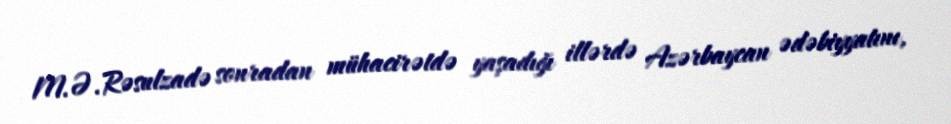
M.Ə.Rəsulzadə sonradan mühacirətdə yaşadığı illərdə Azərbaycan ədəbiyyatını,